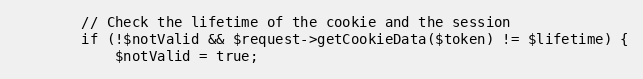
Language: PHP
        // Check the lifetime of the cookie and the session
        if (!$notValid && $request->getCookieData($token) != $lifetime) {
            $notValid = true;